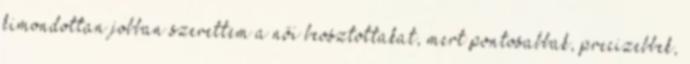
kimondottan jobban szerettem a női beosztottakat, mert pontosabbak, precizebbek,